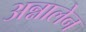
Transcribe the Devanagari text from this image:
अन्नालेन